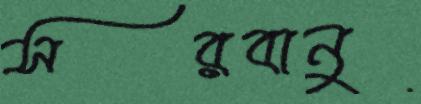
সরবানু